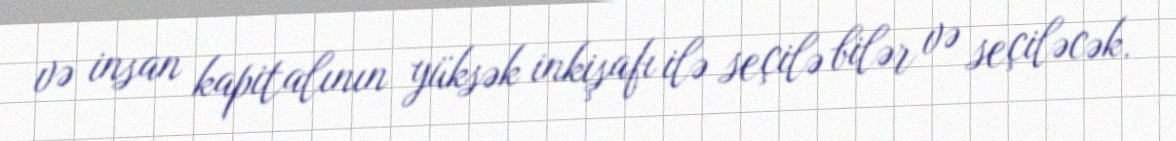
və insan kapitalının yüksək inkişafı ilə seçilə bilər və seçiləcək.